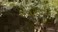
ભાસતો